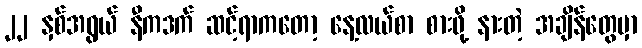
၂၂ နှစ်အရွယ် နီကဒက် ဆင့်ရာကတော့ နေ့လယ်စာ စားဖို့ နားတဲ့ အချိန်တွေမှာ